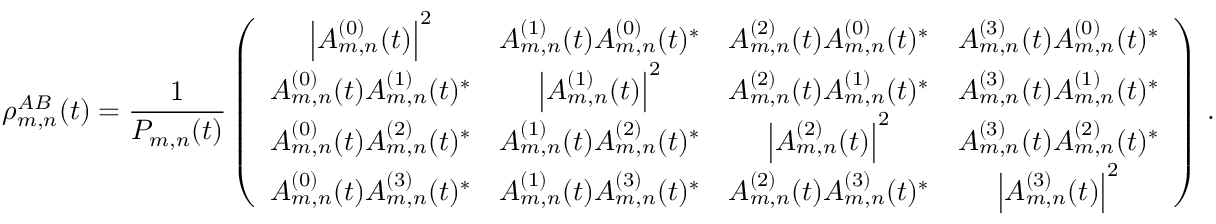
\rho _ { m , n } ^ { A B } ( t ) = \frac { 1 } { P _ { m , n } ( t ) } \left( \begin{array} { c c c c } { \left| A _ { m , n } ^ { ( 0 ) } ( t ) \right| ^ { 2 } } & { A _ { m , n } ^ { ( 1 ) } ( t ) A _ { m , n } ^ { ( 0 ) } ( t ) ^ { * } } & { A _ { m , n } ^ { ( 2 ) } ( t ) A _ { m , n } ^ { ( 0 ) } ( t ) ^ { * } } & { A _ { m , n } ^ { ( 3 ) } ( t ) A _ { m , n } ^ { ( 0 ) } ( t ) ^ { * } } \\ { A _ { m , n } ^ { ( 0 ) } ( t ) A _ { m , n } ^ { ( 1 ) } ( t ) ^ { * } } & { \left| A _ { m , n } ^ { ( 1 ) } ( t ) \right| ^ { 2 } } & { A _ { m , n } ^ { ( 2 ) } ( t ) A _ { m , n } ^ { ( 1 ) } ( t ) ^ { * } } & { A _ { m , n } ^ { ( 3 ) } ( t ) A _ { m , n } ^ { ( 1 ) } ( t ) ^ { * } } \\ { A _ { m , n } ^ { ( 0 ) } ( t ) A _ { m , n } ^ { ( 2 ) } ( t ) ^ { * } } & { A _ { m , n } ^ { ( 1 ) } ( t ) A _ { m , n } ^ { ( 2 ) } ( t ) ^ { * } } & { \left| A _ { m , n } ^ { ( 2 ) } ( t ) \right| ^ { 2 } } & { A _ { m , n } ^ { ( 3 ) } ( t ) A _ { m , n } ^ { ( 2 ) } ( t ) ^ { * } } \\ { A _ { m , n } ^ { ( 0 ) } ( t ) A _ { m , n } ^ { ( 3 ) } ( t ) ^ { * } } & { A _ { m , n } ^ { ( 1 ) } ( t ) A _ { m , n } ^ { ( 3 ) } ( t ) ^ { * } } & { A _ { m , n } ^ { ( 2 ) } ( t ) A _ { m , n } ^ { ( 3 ) } ( t ) ^ { * } } & { \left| A _ { m , n } ^ { ( 3 ) } ( t ) \right| ^ { 2 } } \end{array} \right) \, .